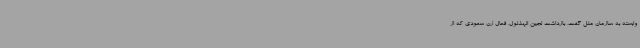
وابسته به سازمان ملل گفت، بازداشت لجین الهذلول، فعال زن سعودی که از